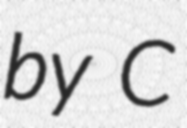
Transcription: by C